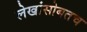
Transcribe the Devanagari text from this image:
लेखांसोबतच